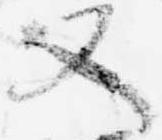
又